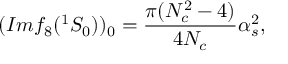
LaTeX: ( I m f _ { 8 } ( ^ { 1 } S _ { 0 } ) ) _ { 0 } = \frac { \pi ( N _ { c } ^ { 2 } - 4 ) } { 4 N _ { c } } \alpha _ { s } ^ { 2 } ,